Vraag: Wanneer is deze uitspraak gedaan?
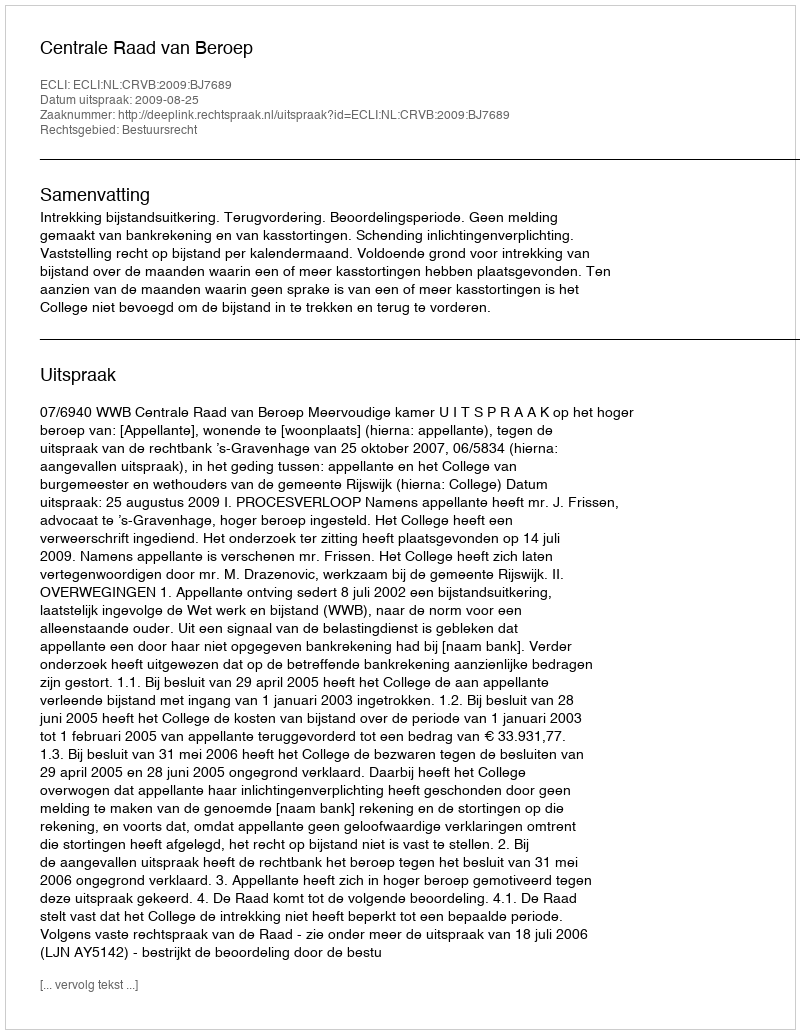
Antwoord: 2009-08-25